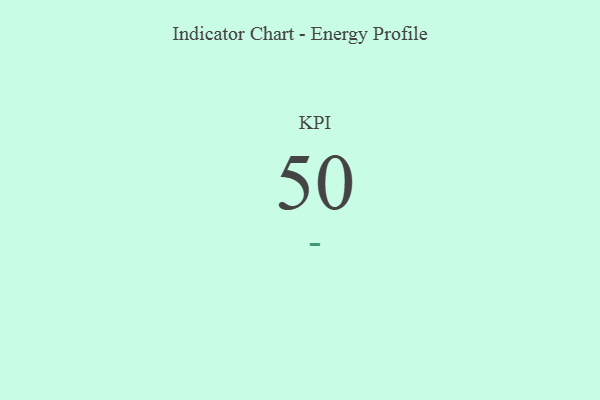
{"axis": {"x": "KPI", "y": "Value"}, "legend": [""], "data": [{"x": "KPI", "y": 50, "type": ""}]}